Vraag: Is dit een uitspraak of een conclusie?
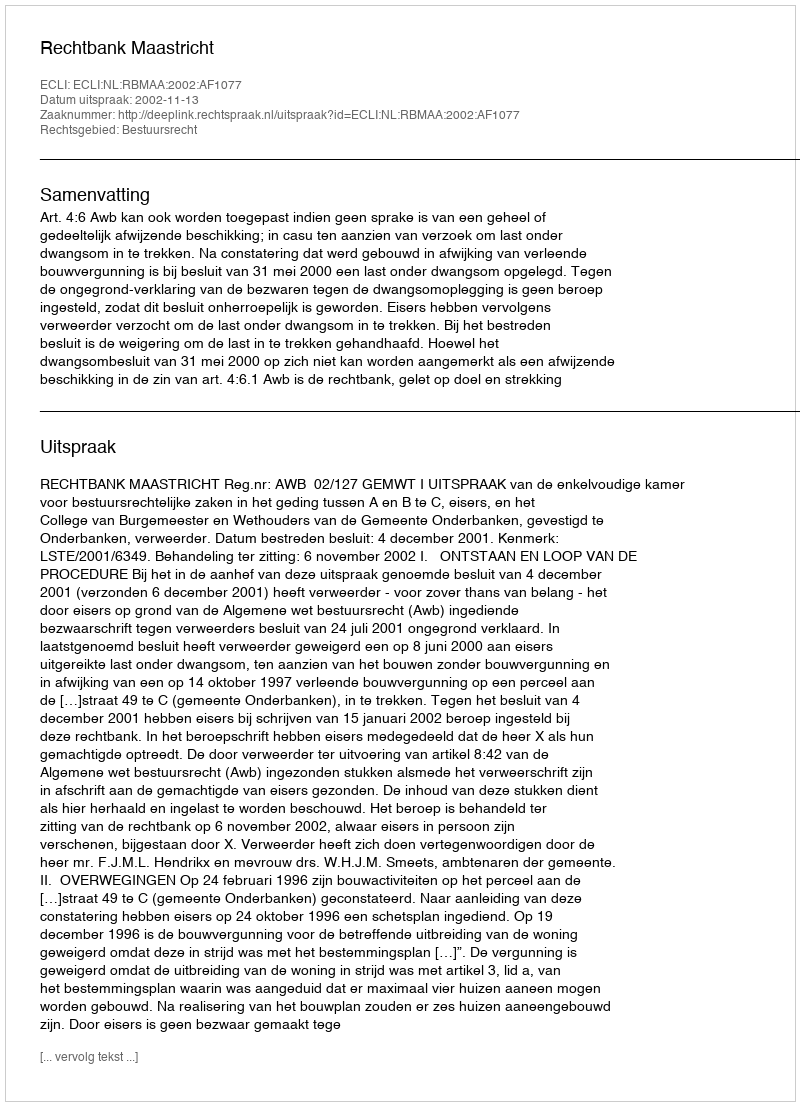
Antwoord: Uitspraak